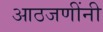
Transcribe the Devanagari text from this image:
आठजणींनी